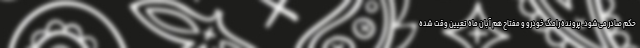
حکم صادر می‌شود. پرونده رامک خودرو و مفتاح هم آبان ماه تعیین وقت شده